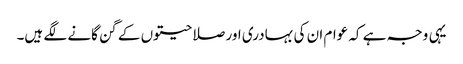
یہی وجہ ہے کہ عوام ان کی بہادری اور صلاحیتوں کے گن گانے لگے ہیں۔